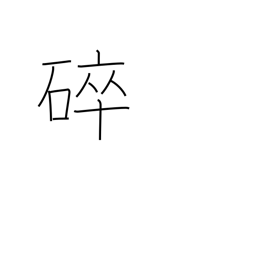
Meaning: broken